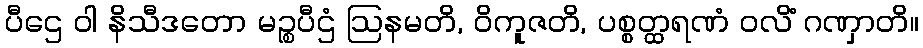
ပီဌေ ဝါ နိသီဒတော မဉ္စပီဌံ ဩနမတိ, ဝိကူဇတိ, ပစ္စတ္ထရဏံ ဝလိံ ဂဏှာတိ။